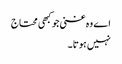
اے وہ غنی جو کبھی محتاج
نہیں ہوتا ۔